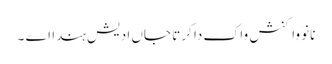
نانوَ واکنش واک دا کرتا جاں ادیش ہندا اے ۔